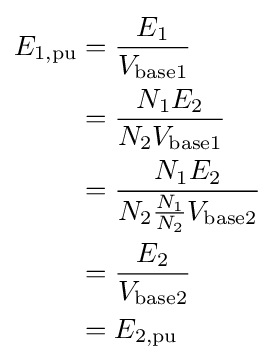
{\begin{aligned}E_{\text{1,pu}}&={\frac {E_{1}}{V_{\text{base1}}}}\\&={\frac {N_{1}E_{2}}{N_{2}V_{\text{base1}}}}\\&={\frac {N_{1}E_{2}}{N_{2}{\frac {N_{1}}{N_{2}}}V_{\text{base2}}}}\\&={\frac {E_{2}}{V_{\text{base2}}}}\\&=E_{\text{2,pu}}\\\end{aligned}}